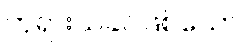
ဘုရားသခင်ဖြစ်သော